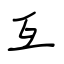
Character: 互